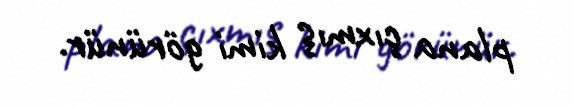
plana çıxmış kimi görünür.